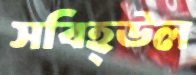
সবিহ্উল